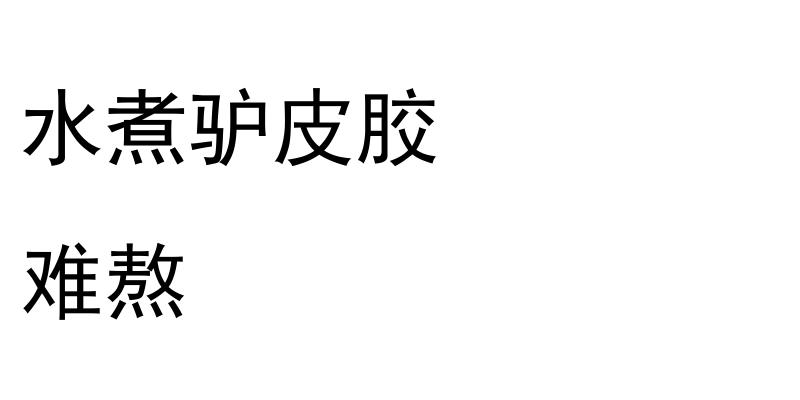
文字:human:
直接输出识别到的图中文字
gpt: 水煮驴皮胶 难熬